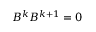
B ^ { k } B ^ { k + 1 } = 0